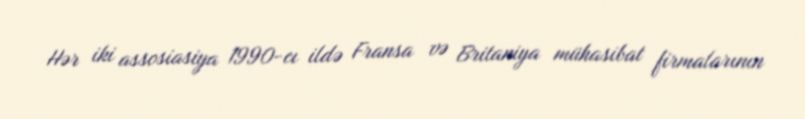
Hər iki assosiasiya 1990-cı ildə Fransa və Britaniya mühasibat firmalarının